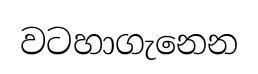
වටහාගැනෙන